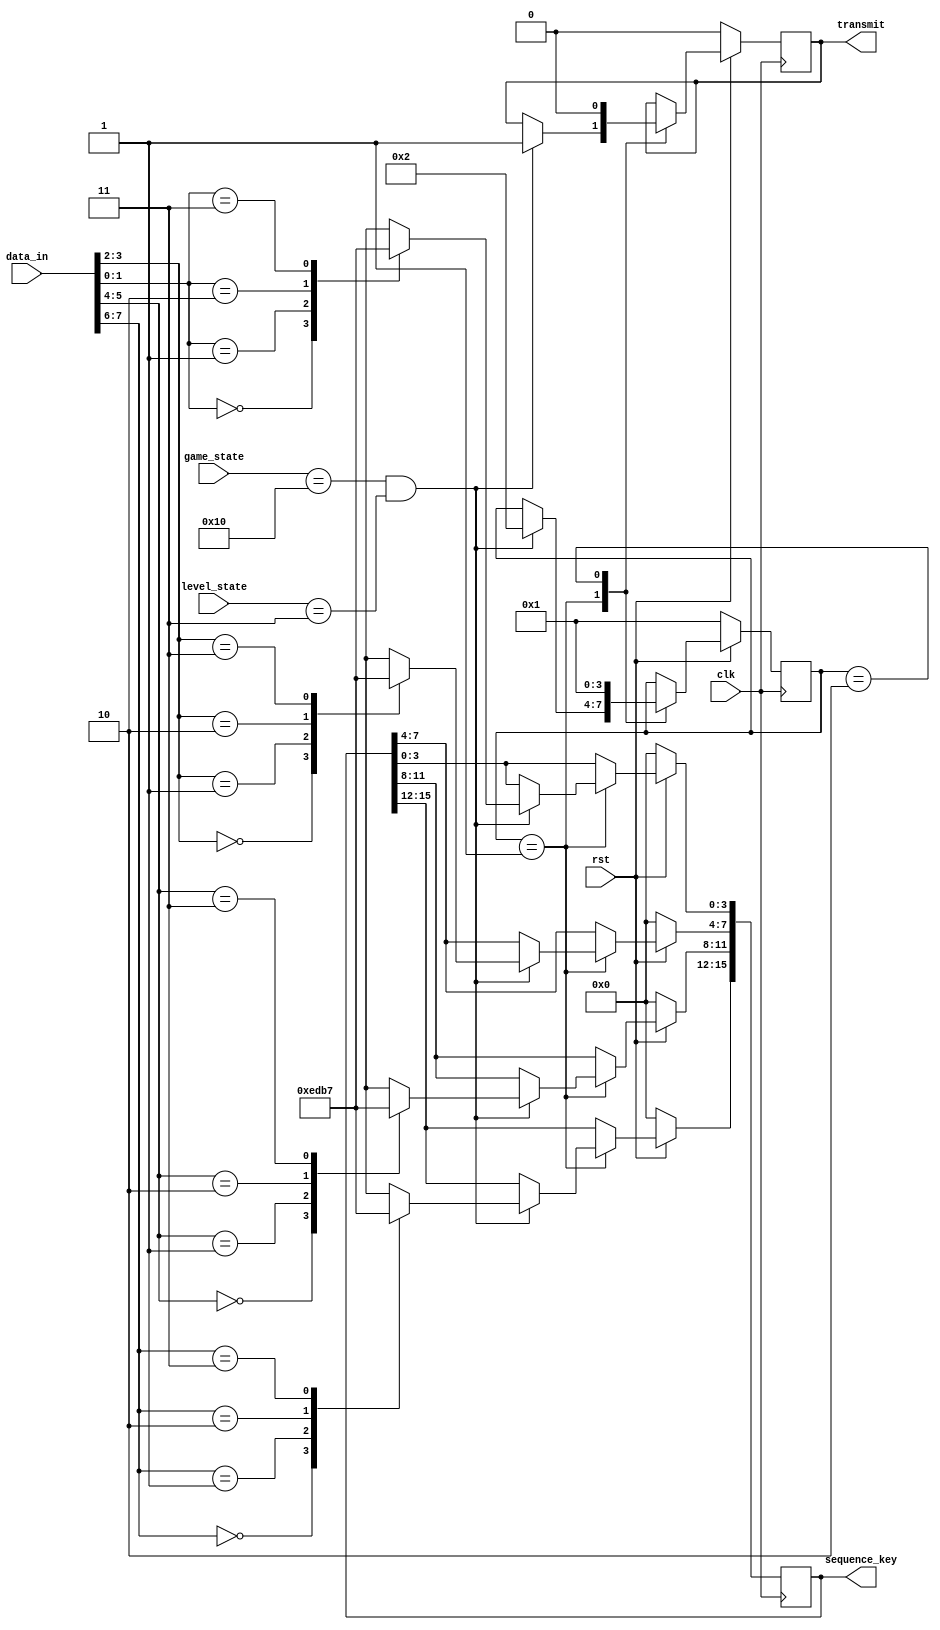
// Sequence Key Builder
// Course: ECE 5440 - Advanced Digital Design

/*
    Sequence Key Builder
    Description: Generates the puzzle pattern to be displayed on the seven
                 seven-segment display.
    Inputs:
    + game_state
    + level_state
    + enable
    + lfsr_data
    + clk
    + rst

    Outputs:
    + sequence_key
*/

module SequenceKeyBuilder(game_state, level_state, data_in, clk, rst, sequence_key, transmit);

    input [6:0] game_state;
    input [1:0] level_state;
    input [7:0] data_in;
    input clk, rst;

    output reg [15:0] sequence_key = 16'h0;
    output reg transmit;

    reg [3:0] state;

    parameter s0 = 3'b000, s1 = 3'b001, s2 = 3'b010, s3 = 3'b011, s4 = 3'b100,
              seq_complete = 3'b101;

    always @(posedge clk)
        begin
            if (rst == 0)
                begin
                    state <= s1;
                    sequence_key <= 0;
                    transmit <= 0;
                end
            else
                begin
                    case (state)
                        s1: begin
                                if (game_state == 7'h10 && level_state == 2'b11)
                                    begin
                                        case (data_in[7:6])
                                            2'b00: begin
                                                        sequence_key[15:12] <= 4'b1110;
                                                   end
                                            2'b01: begin
                                                        sequence_key[15:12] <= 4'b1101;
                                                   end
                                            2'b10: begin
                                                        sequence_key[15:12] <= 4'b1011;
                                                   end
                                            2'b11: begin
                                                        sequence_key[15:12] <= 4'b0111;
                                                   end
                                        endcase
                                        case (data_in[5:4])
                                            2'b00: begin
                                                        sequence_key[11:8] <= 4'b1110;
                                                   end
                                            2'b01: begin
                                                        sequence_key[11:8] <= 4'b1101;
                                                   end
                                            2'b10: begin
                                                        sequence_key[11:8] <= 4'b1011;
                                                   end
                                            2'b11: begin
                                                        sequence_key[11:8] <= 4'b0111;
                                                   end
                                        endcase
                                        case (data_in[3:2])
                                            2'b00: begin
                                                        sequence_key[7:4] <= 4'b1110;
                                                   end
                                            2'b01: begin
                                                        sequence_key[7:4] <= 4'b1101;
                                                   end
                                            2'b10: begin
                                                        sequence_key[7:4] <= 4'b1011;
                                                   end
                                            2'b11: begin
                                                        sequence_key[7:4] <= 4'b0111;
                                                   end
                                        endcase
                                        case (data_in[1:0])
                                            2'b00: begin
                                                        sequence_key[3:0] <= 4'b1110;
                                                   end
                                            2'b01: begin
                                                        sequence_key[3:0] <= 4'b1101;
                                                   end
                                            2'b10: begin
                                                        sequence_key[3:0] <= 4'b1011;
                                                   end
                                            2'b11: begin
                                                        sequence_key[3:0] <= 4'b0111;
                                                   end
                                        endcase
                                        transmit <= 1;
                                        state <= s2;
                                    end
                                end
                        s2: begin
                                transmit <= 0;
                                state <= s1;
                            end
                    endcase
                end
        end
endmodule